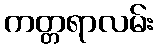
ကတ္တရာလမ်း